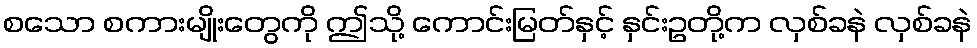
စသော စကားမျိုးတွေကို ဤသို့ ကောင်းမြတ်နှင့် နှင်းဥတို့က လှစ်ခနဲ လှစ်ခနဲ